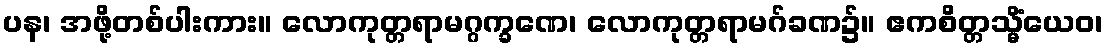
ပန၊ အဖို့တစ်ပါးကား။ လောကုတ္တရာမဂ္ဂက္ခဏေ၊ လောကုတ္တရာမဂ်ခဏ၌။ ဧကစိတ္တသ္မိံယေဝ၊